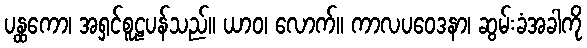
ပန္ထကော၊ အရှင်စူဠပန်သည်။ ယာဝ၊ လောက်။ ကာလပဝေဒနာ၊ ဆွမ်းခံအခါကို